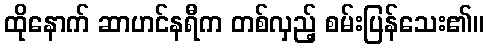
ထိုနောက် ဆာဟင်နရီက တစ်လှည့် စမ်းပြန်သေး၏။